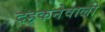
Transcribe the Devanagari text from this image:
दहकनेवाली